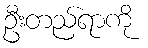
ဦးတည်ရာကို